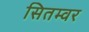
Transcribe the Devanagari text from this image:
सितम्वर